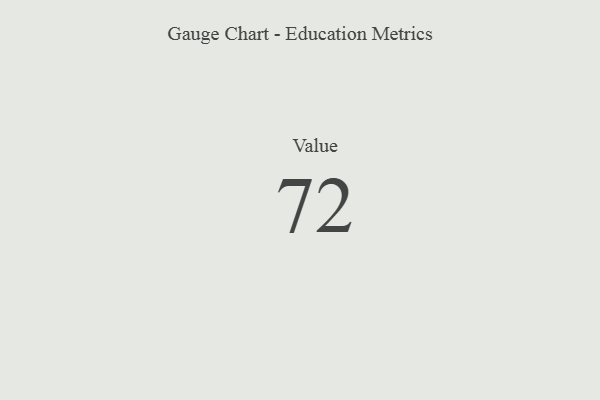
{"axis": {"x": "Metric", "y": "Value"}, "legend": [""], "data": [{"x": "Value", "y": 72, "type": ""}]}